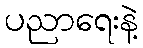
ပညာရေးနဲ့